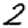
Digit: 2